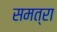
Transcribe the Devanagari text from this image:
समत्रा